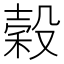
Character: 穀